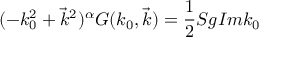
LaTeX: ( - k _ { 0 } ^ { 2 } + \vec { k } ^ { 2 } ) ^ { \alpha } G ( k _ { 0 } , \vec { k } ) = \frac { 1 } { 2 } S g I m k _ { 0 }